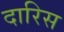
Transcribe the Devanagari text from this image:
दारिस